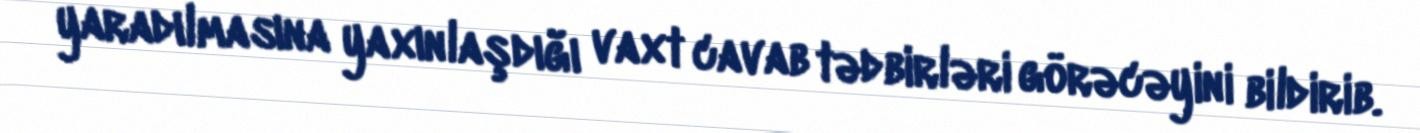
yaradılmasına yaxınlaşdığı vaxt cavab tədbirləri görəcəyini bildirib.